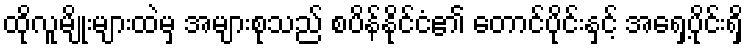
ထိုလူမျိုးများထဲမှ အများစုသည် စပိန်နိုင်ငံ၏ တောင်ပိုင်းနှင့် အရှေ့ပိုင်းရှိ